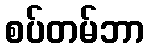
စပ်တမ်ဘာ